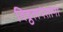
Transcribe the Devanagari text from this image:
विठ्ठलपंतांना